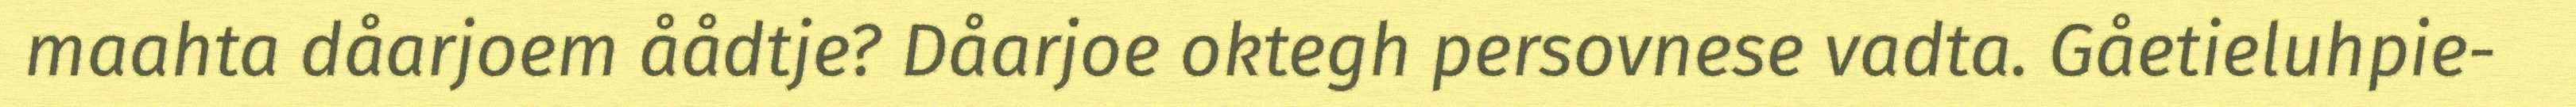
maahta dåarjoem åådtje? Dåarjoe oktegh persovnese vadta. Gåetieluhpie-